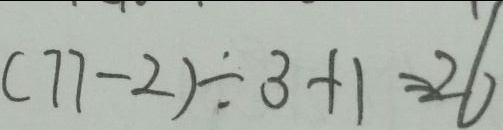
( 7 7 - 2 ) \div 3 + 1 = 2 6